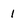
Character: 1